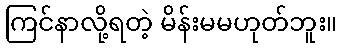
ကြင်နာလို့ရတဲ့ မိန်းမမဟုတ်ဘူး။